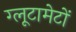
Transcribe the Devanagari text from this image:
ग्लूटामेटों